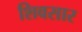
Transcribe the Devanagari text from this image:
शिवसार